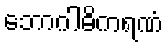
ဘောဂါဓိကရဏံ